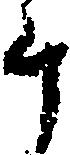
斗